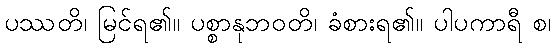
ပဿတိ၊ မြင်ရ၏။ ပစ္စာနုဘဝတိ၊ ခံစားရ၏။ ပါပကာရီ စ၊